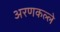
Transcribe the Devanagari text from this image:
अरणकल्ले